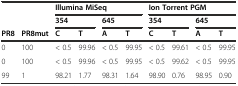
<table><thead><tr><td colspan="2"></td><td colspan="4"><b>Illumina MiSeq</b></td><td colspan="4"><b>Ion Torrent PGM</b></td></tr><tr><td colspan="2"></td><td colspan="2"><b>354</b></td><td colspan="2"><b>645</b></td><td colspan="2"><b>354</b></td><td colspan="2"><b>645</b></td></tr><tr><td><b>PR8</b></td><td><b>PR8mut</b></td><td><b>C</b></td><td><b>T</b></td><td><b>A</b></td><td><b>T</b></td><td><b>C</b></td><td><b>T</b></td><td><b>A</b></td><td><b>T</b></td></tr></thead><tbody><tr><td>0</td><td>100</td><td>&lt; 0.5</td><td>99.96</td><td>&lt; 0.5</td><td>99.95</td><td>&lt; 0.5</td><td>99.61</td><td>&lt; 0.5</td><td>99.95</td></tr><tr><td>0</td><td>100</td><td>&lt; 0.5</td><td>99.96</td><td>&lt; 0.5</td><td>99.95</td><td>&lt; 0.5</td><td>99.62</td><td>&lt; 0.5</td><td>99.95</td></tr><tr><td>99</td><td>1</td><td>98.21</td><td>1.77</td><td>98.31</td><td>1.64</td><td>98.90</td><td>0.76</td><td>98.95</td><td>0.90</td></tr></tbody></table>